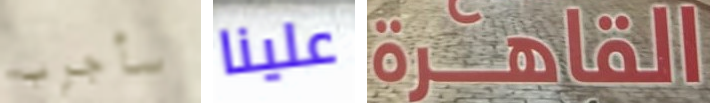
سأجرب علينا القاهرة